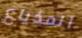
المذياع